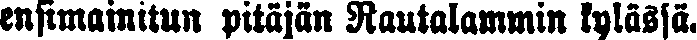
ensimainitun pitäjän Rautalammin kylässä.